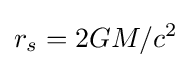
r_{s}=2GM/c^{2}